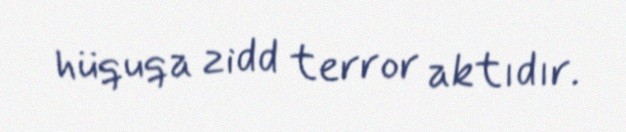
hüquqa zidd terror aktıdır.